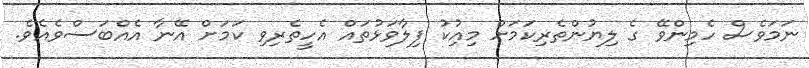
ނަމަވެސް ހެމިންވޭ ގެ ލިޔުންތެރިކަމަށް މިއުިކު ފިލާވަޅުތައް އެހީތެރިވި ކަމަށް އޭނާ އެއްބަސްވެއެވެ.